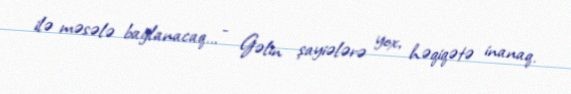
ilə məsələ bağlanacaq... - Gəlin şayiələrə yox, həqiqətə inanaq.